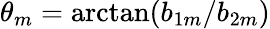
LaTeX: \theta_{m}=\arctan(b_{1m}/b_{2m})